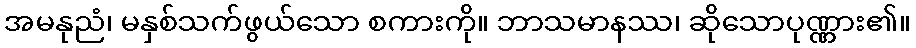
အမနုညံ၊ မနှစ်သက်ဖွယ်သော စကားကို။ ဘာသမာနဿ၊ ဆိုသောပုဏ္ဏား၏။